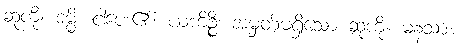
ဆုကို။ ဒမ္မိ၊ ငါပေး၏။ ယံကိဉ္စိ၊ အမှတ်မရှိသော ဆုကို။ မနသာ၊